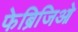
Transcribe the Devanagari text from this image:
फेब्रिजिओ